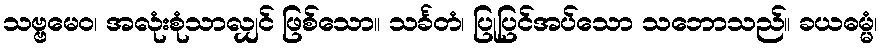
သဗ္ဗမေဝ၊ အလုံးစုံသာလျှင် ဖြစ်သော။ သင်္ခတံ၊ ပြုပြင်အပ်သော သဘောသည်။ ခယဓမ္မံ၊